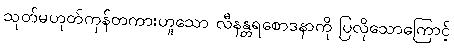
သုတ်မဟုတ်ကုန်တကားဟူသော လီနန္တရစောဒနာကို ပြလိုသောကြောင့်